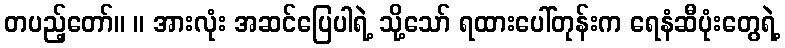
တပည့်တော်။ ။ အားလုံး အဆင်ပြေပါရဲ့ သို့သော် ရထားပေါ်တုန်းက ရေနံဆီပုံးတွေရဲ့